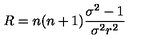
R = n ( n + 1 ) \frac { \sigma ^ { 2 } - 1 } { \sigma ^ { 2 } r ^ { 2 } }